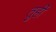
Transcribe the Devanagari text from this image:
तुर्ही